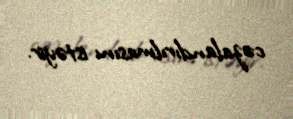
cəzalandırılmasını istəyir.